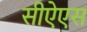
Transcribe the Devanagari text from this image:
सीऐएस